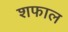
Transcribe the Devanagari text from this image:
शफाल